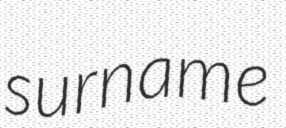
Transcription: surname